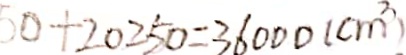
5 0 + 2 0 2 5 0 = 3 6 0 0 0 ( c m ^ { 3 } )